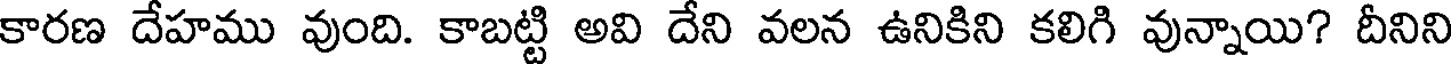
కారణ దేహము వుంది. కాబట్టి అవి దేని వలన ఉనికిని కలిగి వున్నాయి? దీనిని